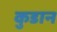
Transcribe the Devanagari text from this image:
कुडान